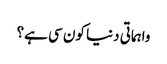
واہماتی دنیا کون سی ہے؟